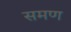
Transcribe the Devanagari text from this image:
समण